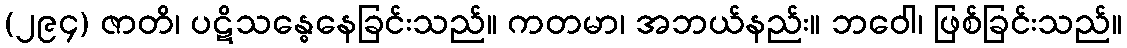
(၂၉၄) ဇာတိ၊ ပဋိသန္ဓေနေခြင်းသည်။ ကတမာ၊ အဘယ်နည်း။ ဘဝေါ၊ ဖြစ်ခြင်းသည်။